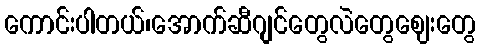
ကောင်းပါတယ်၊အောက်ဆီဂျင်တွေလဲတွေဈေးတွေ